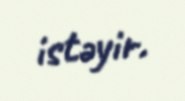
istəyir.